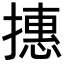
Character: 𢴥